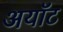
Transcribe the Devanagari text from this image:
अयॉट